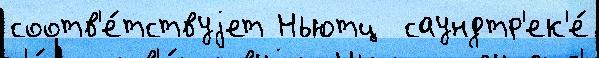
соотв'е́тствуjет Ньютц  саундтр'ек'е́